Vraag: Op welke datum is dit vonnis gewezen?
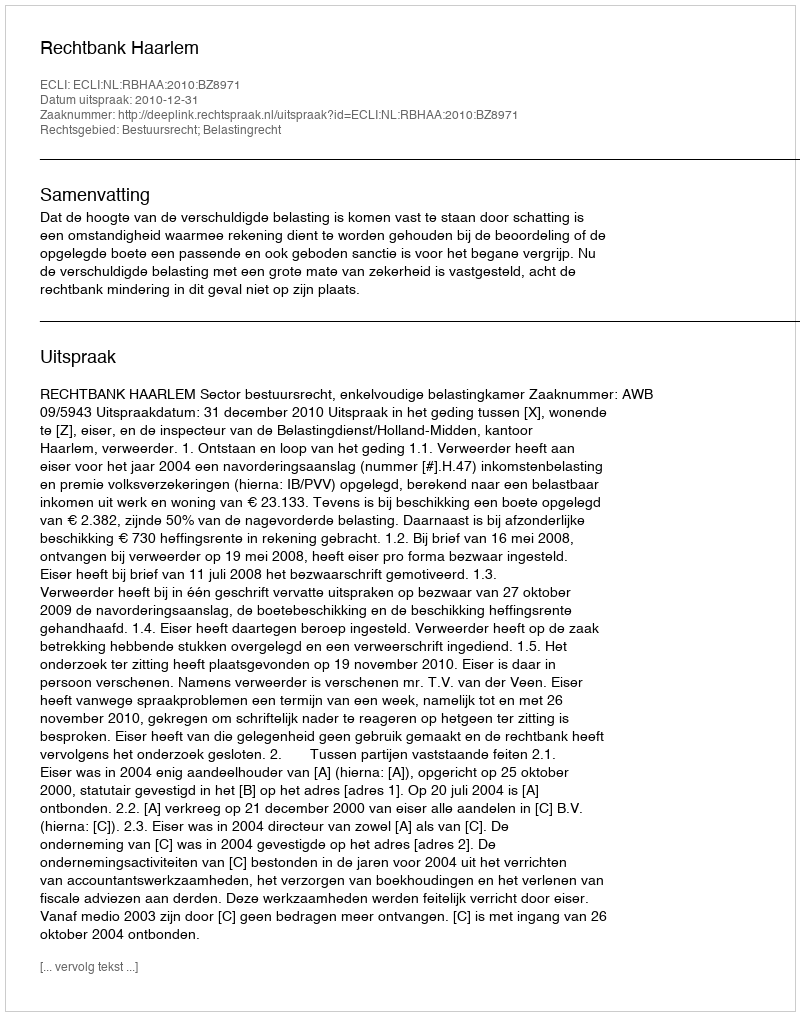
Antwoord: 2010-12-31